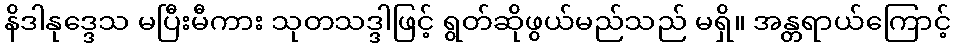
နိဒါနုဒ္ဒေသ မပြီးမီကား သုတသဒ္ဒါဖြင့် ရွတ်ဆိုဖွယ်မည်သည် မရှိ။ အန္တရာယ်ကြောင့်